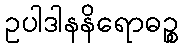
ဥပါဒါနနိရောဓဉ္စ